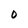
Character: 0